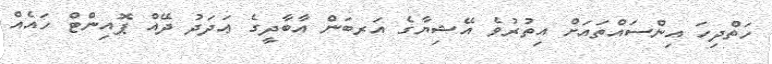
ހަތްދިހަ އިންސައްތައަށް އިތުރުވެ އޭޝިޔާގެ އަރބަން އާބާދީގެ ޢަދަދު ދޭއް ޕޮއިންޓް ހައެއް